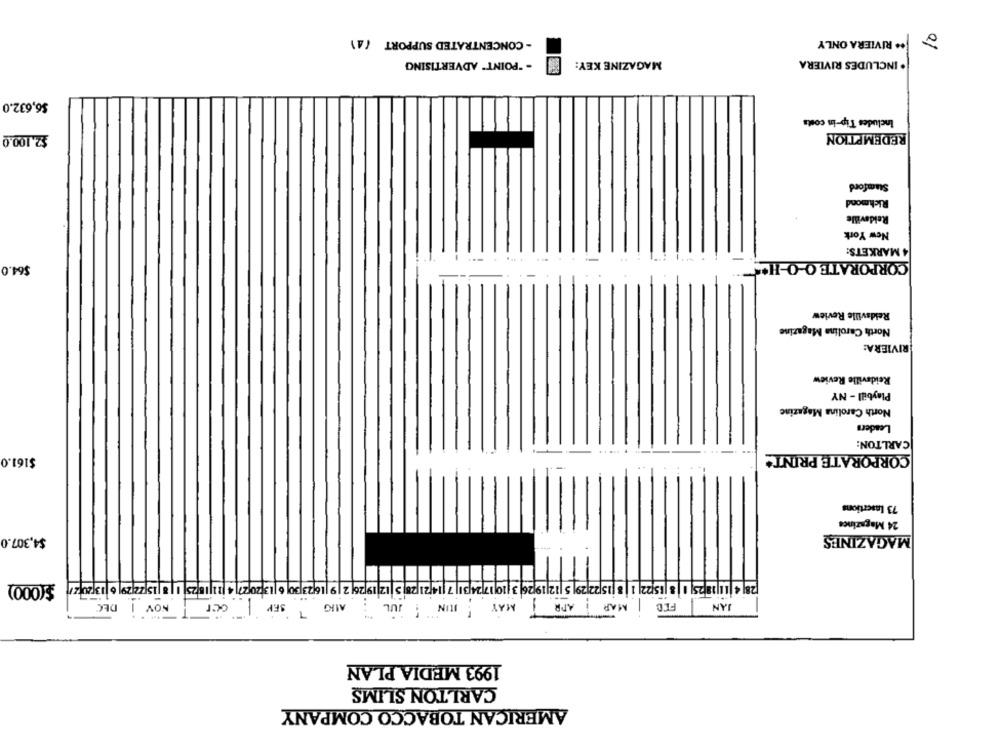
- CONCENTRATED SUPPORT (41
0
** RIVIERA ONLY
. INCLUDES RIVIERA
. "POINT" ADVERTISING
MAGAZINE KEY:
$6,632.0
Includes Tip-in costs
REDEMPTION
$2,100.0
Stamford
Richmond
Reidaville
New York
4 MARKETS:
... .
CORPORATE O-O-HO
$64.0
--
-
Reidsville Review
North Carolina Magazine
RIVIERA:
Reidsville Review
Playbill - NY
North Carolina Magazine
Leaders
CARLTON:
$161.0
. ....
CORPORATE PRINT*
73 Insertions
24 Magazines
$4.307.0
MAGAZINES
$(000)
6|23|30 6 |
1 8 |15 22 29| 5 |12|19 26 3
|8 |15 72 29| 6 |13 20 27
5 |12 19 26 2 19 |
1
DEC
NOV 1
ocr
SEP
ALIG
JUIN JUL
MAY
APR
MAR
FIC
JAN
7
1993 MEDIA PLAN
CARLTON SLIMS
AMERICAN TOBACCO COMPANY